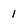
Character: 1